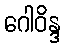
ဂေါဝိန္ဒ